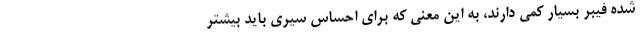
شده فیبر بسیار کمی دارند، به این معنی که برای احساس سیری باید بیشتر